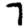
Digit: 7